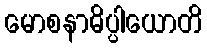
မောစနာဓိပ္ပါယောတိ